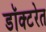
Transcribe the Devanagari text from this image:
डॉक्टरेत